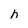
Character: h